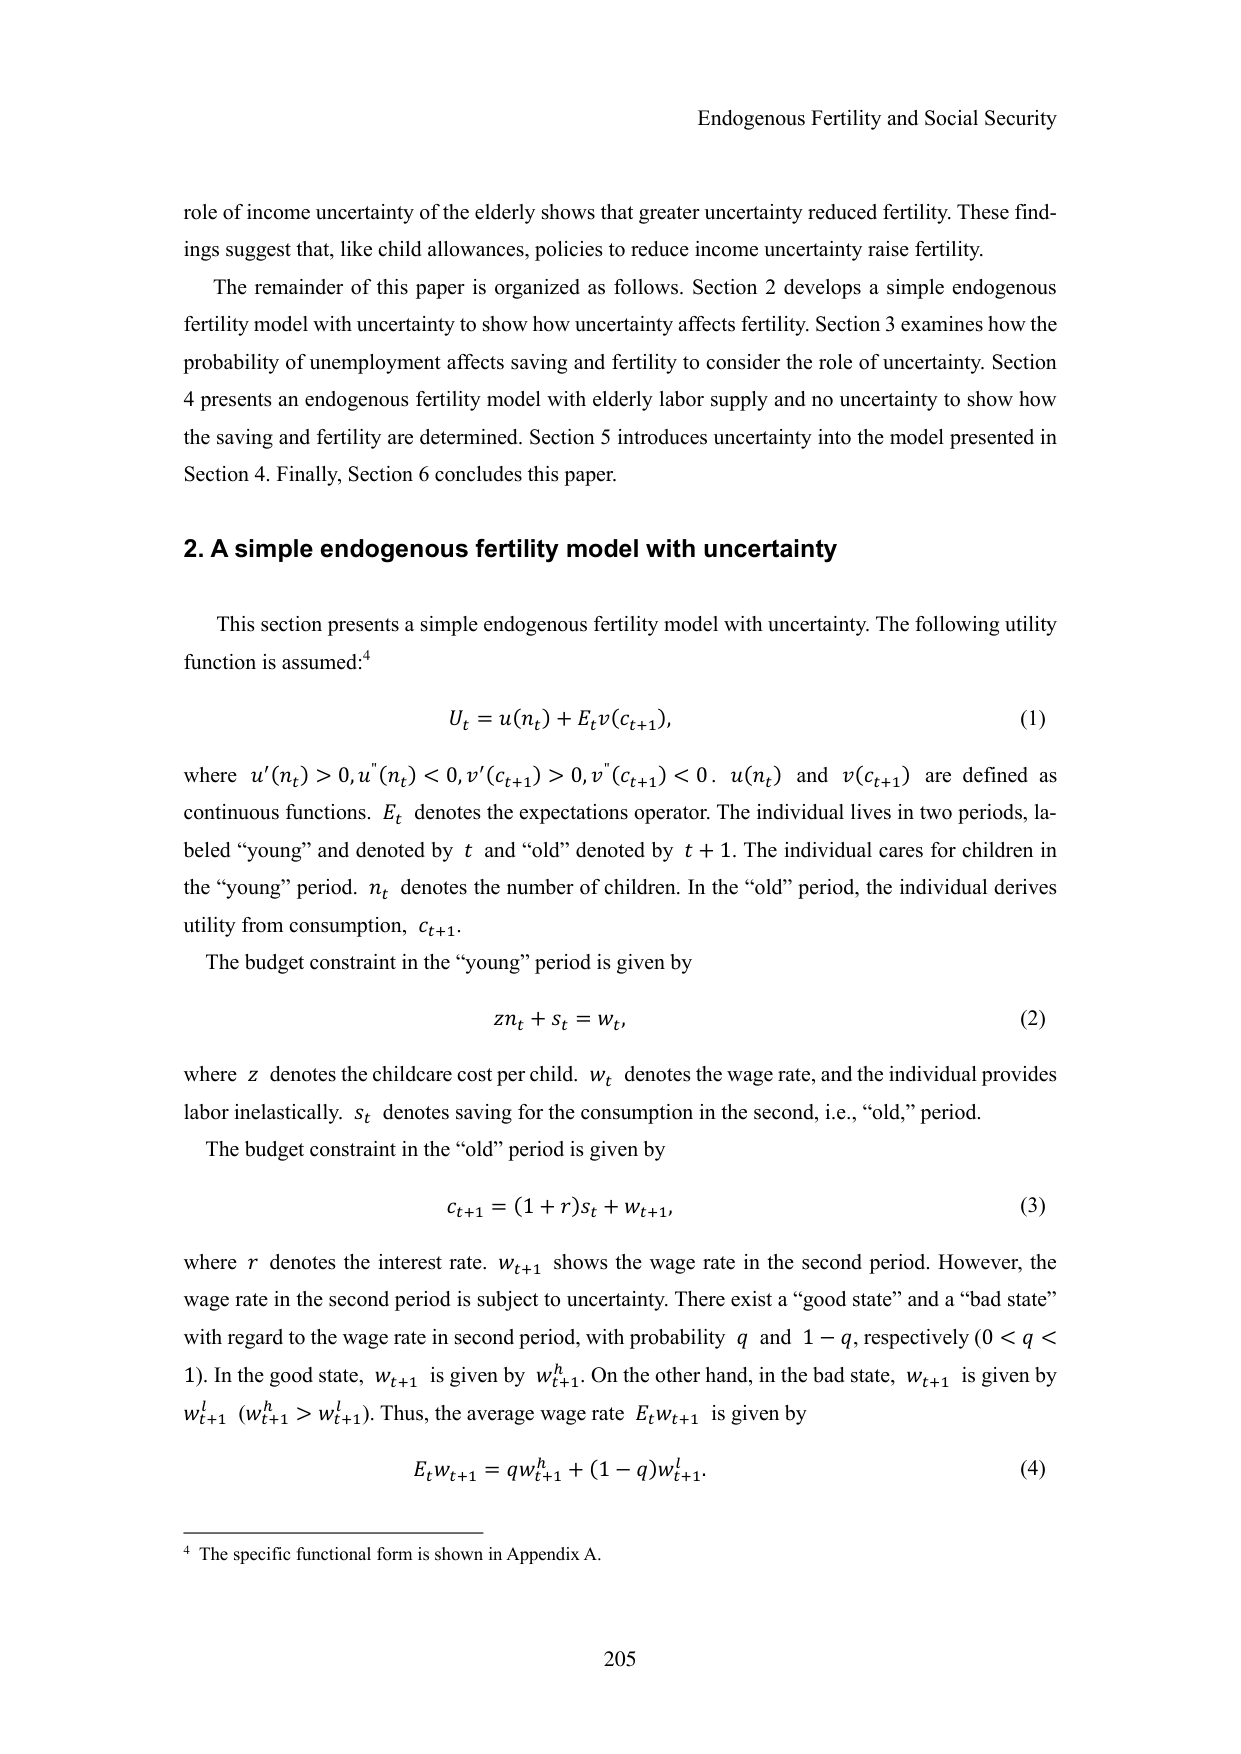
Endogenous Fertility and Social Security

role of income uncertainty of the elderly shows that greater uncertainty reduced fertility. These findings suggest that, like child allowances, policies to reduce income uncertainty raise fertility.

The remainder of this paper is organized as follows. Section 2 develops a simple endogenous fertility model with uncertainty to show how uncertainty affects fertility. Section 3 examines how the probability of unemployment affects saving and fertility to consider the role of uncertainty. Section 4 presents an endogenous fertility model with elderly labor supply and no uncertainty to show how the saving and fertility are determined. Section 5 introduces uncertainty into the model presented in Section 4. Finally, Section 6 concludes this paper.

2. A simple endogenous fertility model with uncertainty

This section presents a simple endogenous fertility model with uncertainty. The following utility function is assumed:⁴

Uₜ = u(nₜ) + Eₜv(cₜ₊₁),  (1)

where u'(nₜ) > 0, u''(nₜ) < 0, v'(cₜ₊₁) > 0, v''(cₜ₊₁) < 0. u(nₜ) and v(cₜ₊₁) are defined as continuous functions. Eₜ denotes the expectations operator. The individual lives in two periods, labeled “young” and denoted by t and “old” denoted by t + 1. The individual cares for children in the “young” period. nₜ denotes the number of children. In the “old” period, the individual derives utility from consumption, cₜ₊₁.

The budget constraint in the “young” period is given by

znₜ + sₜ = wₜ,  (2)

where z denotes the childcare cost per child. wₜ denotes the wage rate, and the individual provides labor inelastically. sₜ denotes saving for the consumption in the second, i.e., “old,” period.

The budget constraint in the “old” period is given by

cₜ₊₁ = (1 + r)sₜ + wₜ₊₁,  (3)

where r denotes the interest rate. wₜ₊₁ shows the wage rate in the second period. However, the wage rate in the second period is subject to uncertainty. There exist a “good state” and a “bad state” with regard to the wage rate in second period, with probability q and 1 − q, respectively (0 < q < 1). In the good state, wₜ₊₁ is given by wₜ₊₁ʰ. On the other hand, in the bad state, wₜ₊₁ is given by wₜ₊₁ˡ (wₜ₊₁ʰ > wₜ₊₁ˡ). Thus, the average wage rate Eₜwₜ₊₁ is given by

Eₜwₜ₊₁ = qwₜ₊₁ʰ + (1 − q)wₜ₊₁ˡ.  (4)

⁴ The specific functional form is shown in Appendix A.

205